Report of the Municipal Commissioner on the plague in Bombay for the year ending 31st May... - Volume 3
Disease focus: Plague
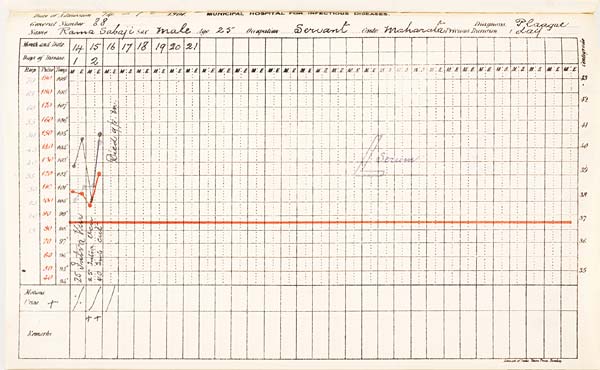
Date of Admission 1901. MUNICIPAL HOSPITAL FOR INFECTIOUS DISEASES.
General Number Diagnosis.
Name
Sex
Age
Occupation
Caste
Previous
Duration